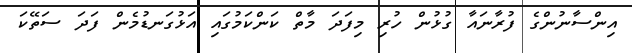
އިންސާނުންގެ ފުރާނައާ ގުޅުން ހުރި މިފަދަ މާތް ކަންކަމުގައި އަޅުގަނޑުމެން ފަދަ ސަތޭކަ